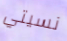
نسيتي